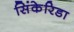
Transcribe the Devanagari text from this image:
सिंकेरिडा